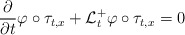
\begin{align*}\frac{\partial }{\partial t}\varphi \circ \tau _{t,x}+\mathcal{L}_{t}^{+}\varphi \circ \tau _{t,x}=0\end{align*}